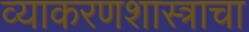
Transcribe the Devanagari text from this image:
व्याकरणशास्त्राचा